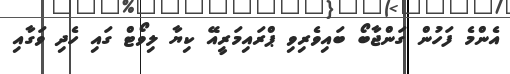
އެންމެ ފަހުން ގަންޖާބޯ ބައިވެރިވި ޕްރައިމަރީއޭ ކިޔާ ލިވޯޓް ގައި ހެދި ވަގާއި